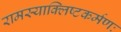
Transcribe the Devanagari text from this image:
रामस्याक्लिष्टकर्मणः